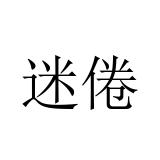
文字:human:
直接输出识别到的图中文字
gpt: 迷倦